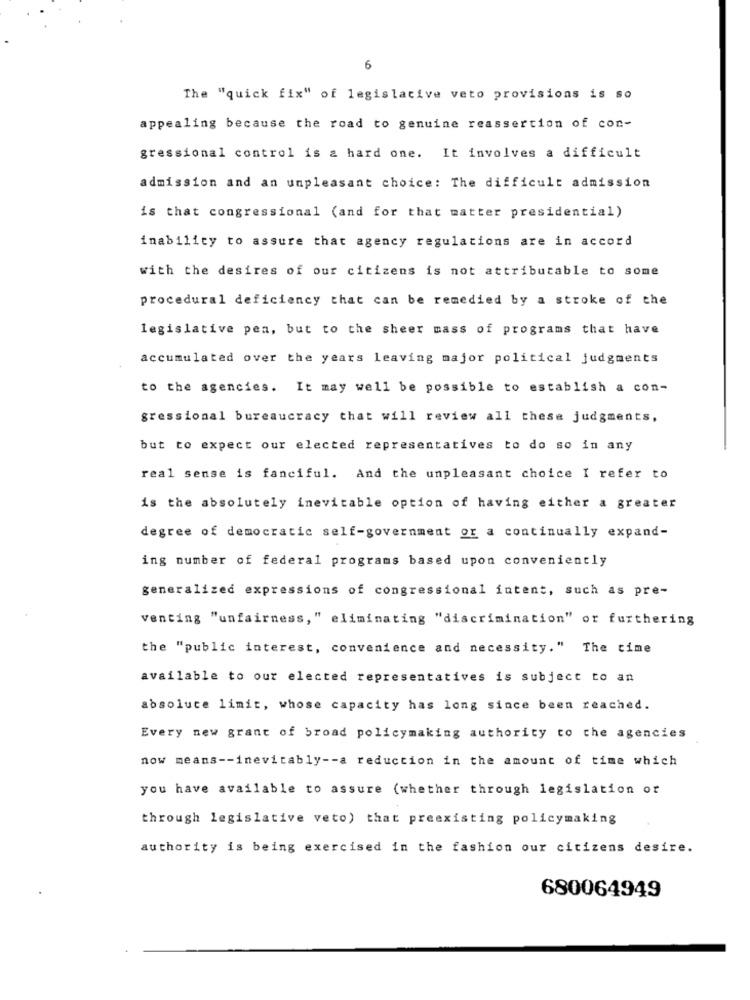
6
The "quick fix" of legislative veto provisions is so
appealing because the road to genuine reassertion of con-
gressional control is a hard one. It involves a difficult
admission and an unpleasant choice: The difficult admission
is that congressional (and for that matter presidential)
inability to assure that agency regulations are in accord
with the desires of our citizens is not attributable to some
procedural deficiency that can be remedied by a stroke of the
legislative pen, but to the sheer mass of programs that have
accumulated over the years leaving major political judgments
to the agencies. It may well be possible to establish a con-
gressional bureaucracy that will review all these judgments,
but to expect our elected representatives to do so in any
real sense is fanciful. And the unpleasant choice I refer to
is the absolutely inevitable option of having either a greater
degree of democratic self-government or a continually expand-
ing number of federal programs based upon conveniently
generalized expressions of congressional intent, such as pre-
venting "unfairness, " eliminating "discrimination" or furthering
the "public interest, convenience and necessity." The time
available to our elected representatives is subject to an
absoluce limit, whose capacity has long since been reached.
Every new grant of broad policymaking authority to the agencies
now means -- inevitably -- a reduction in the amount of time which
you have available to assure (whether through legislation or
through legislative veto) that preexisting policymaking
authority is being exercised in the fashion our citizens desire.
680064949